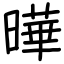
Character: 曄